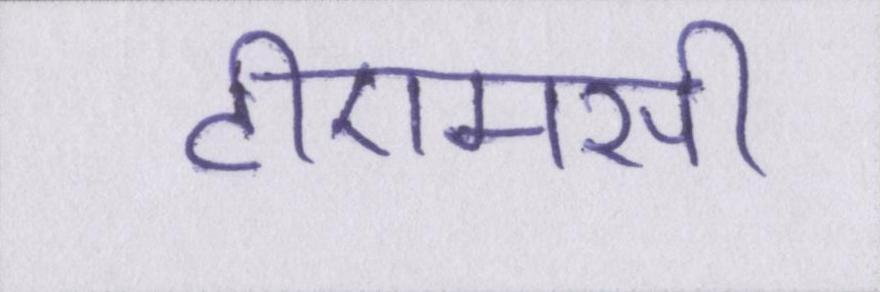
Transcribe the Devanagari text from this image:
टीएमसी